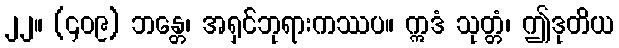
၂၂။ (၄၀၉) ဘန္တေ၊ အရှင်ဘုရားကဿပ။ ဣဒံ သုတ္တံ၊ ဤဒုတိယ